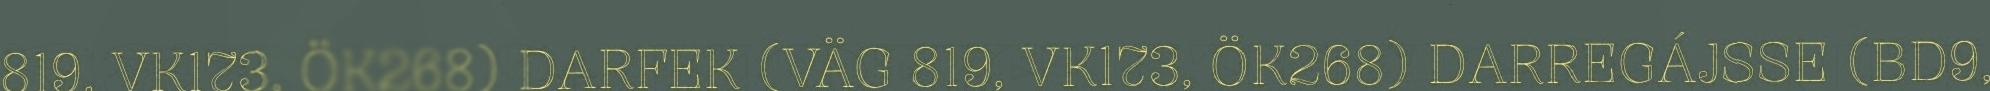
819, VK173, ÖK268) DARFEK (VÄG 819, VK173, ÖK268) DARREGÁJSSE (BD9,